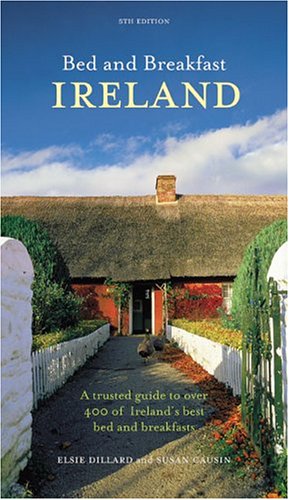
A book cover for Bed And Breakfast Ireland; Elsie Dillard; Travel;